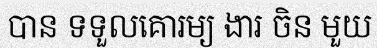
បាន ទទួលគោរម្យ ងារ ចិន មួយ